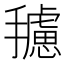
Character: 𱡆